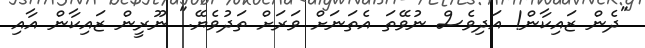
"ދެން ޒައިކާން! އަދިވެސް ނުވޭތަ އެތަނަށް ވަރަށް ތަދުވެޔޭ." ނޫރީން ޒައިކާން އާއި